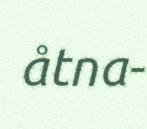
åtna-